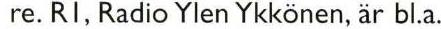
re. RI, Radio Ylen Ykkönen, är bl.a.